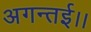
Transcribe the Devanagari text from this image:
अगन्‍तई।।